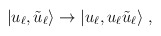
\begin{align*}|u_\ell,\tilde u_\ell\rangle \to |u_\ell, u_\ell \tilde u_\ell\rangle~,\end{align*}